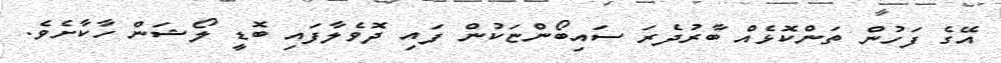
އޭގެ ފަހުން ތަންކޮޅެއް ބާރުދެރަ ސައިބޯންޏަކުން ފައި ދޮވެލާފައި ބޮޑީ ލޯޝަން ހާކާށެވެ.